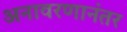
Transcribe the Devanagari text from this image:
अनावरणानंतर